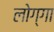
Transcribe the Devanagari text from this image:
लोग्गा